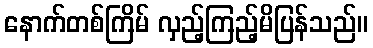
နောက်တစ်ကြိမ် လှည့်ကြည့်မိပြန်သည်။